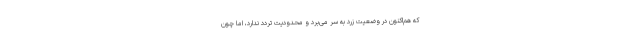
که هم‌اکنون در وضعیت زرد به سر می‌برد و محدودیت تردد ندارد، اما چون